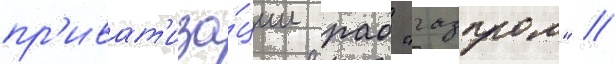
пр'иват'иза́ции рао "газпром" //